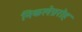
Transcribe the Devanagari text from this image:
निकलेप्ररोह